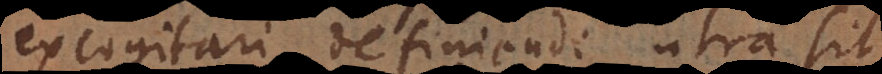
excogitari definiendi utra sit